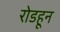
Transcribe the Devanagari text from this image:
रोडहून